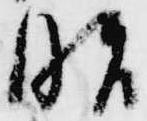
昭